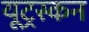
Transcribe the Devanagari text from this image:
यूट्रस्कन